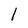
Character: 1